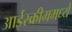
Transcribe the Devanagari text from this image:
आईस्क्रीममध्ये